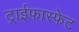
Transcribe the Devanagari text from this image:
ट्राईफास्फेट